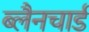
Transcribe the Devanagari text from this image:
ब्लैनचार्ड